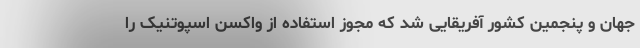
جهان و پنجمین کشور آفریقایی شد که مجوز استفاده از واکسن اسپوتنیک را